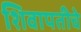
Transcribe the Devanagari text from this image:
शिवापतीचे